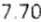
7.70